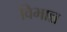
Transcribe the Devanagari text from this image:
विभान्न